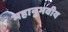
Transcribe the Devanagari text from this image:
महानुभवीय